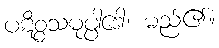
ပဋိစ္စသမုပ္ပါဒေါ၊ မည်၏။